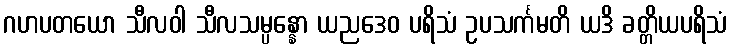
ဂဟပတယော သီလဝါ သီလသမ္ပန္နော ယညဒေဝ ပရိသံ ဥပသင်္ကမတိ ယဒိ ခတ္တိယပရိသံ